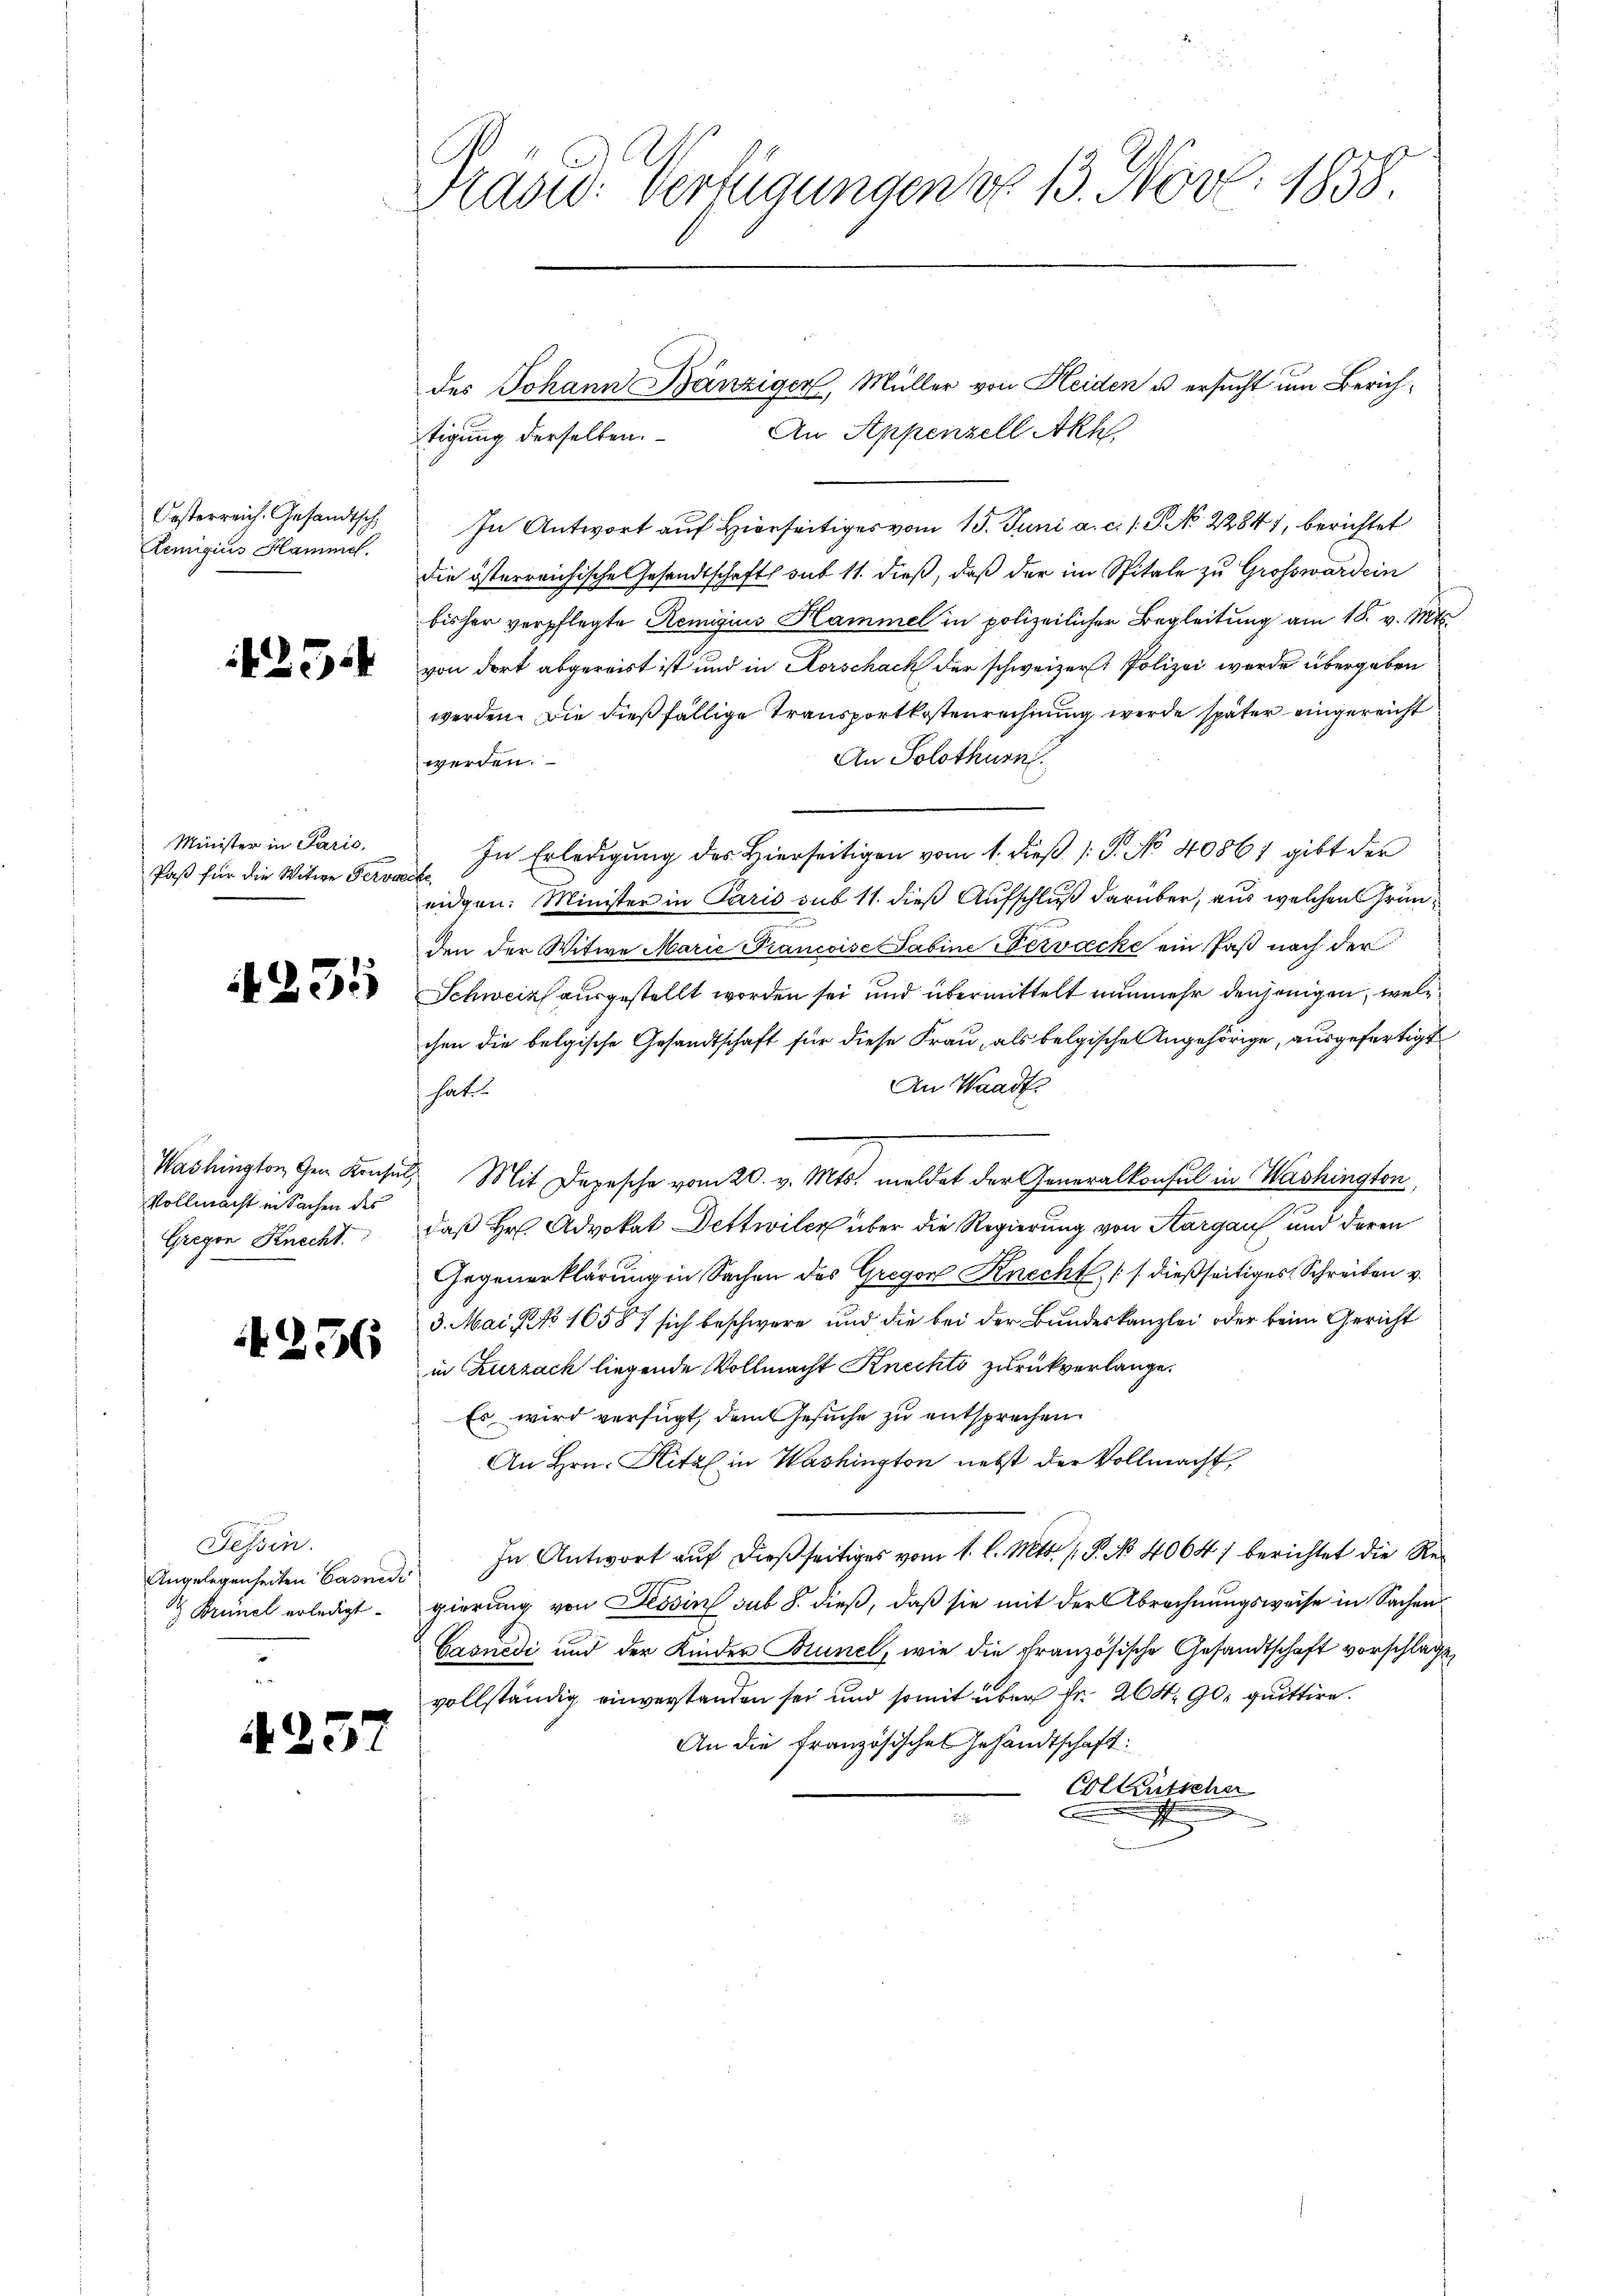
Lemigius Hammel.

425.

Minister in Paris.
Paß für die Witwe Serviecke

231

des Johann Bänziger, Müller von Heiden u ersucht um Zürich¬
An Appenzell Akh
tigung derselben.
Oesterreich. Gesandtsch. In Antwort aŭf hierseitiges vom 15. Juni a. c. 18. No 2284), berichtet
die österreichische Gesandtschafts sub 11. dieß, daß der im Spitale zu Grosswardein
bisher verpflegte Remigius Hammel in polizeilicher Begleitung am 18. v. Mts.
von dort abgereist ist und in Horschach der schweizer. Polizei wurde übergeben
werden. Die dießfällige Transportkostenrechnung werde später eingereicht
An Solothurn.
werden.
In Erledigung des Hierseitigen vom 1. dieß (: S. No 40861 gibt der
eidgen. Minister in Paris sub 11. dieß Aufschluß darüber, aus welchen Gründen der Witwe Marie Prancoise Sabine Nervácke ein Paß nach der
Schweiz ausgestellt worden sei und übermittelt nunmehr denjenigen, welchen die belgische Gesandtschaft für diese Frau, als belgischen Angehörige, ausgefertigt
An Waadt
hates
Washington, den Konsul, Mit Depesche vom 20. v. Mts. meldet der Generalkonsul in Washington,
daß Hr. Advokat Dettwiler über die Regierung von Thurgau, und deren
Gegenerklärung in Sachen des Gregor Knecht :/ dießseitiges Schreiben v.
3. Mai No 16587 sich beschwere und die bei der Bundeskanzlei oder beim Gericht
in Kurzach liegende Vollmacht Knechts zurückverlange.
Es wird verfügt, dem Gesuche zu entsprechen.
An Hrn. Hitzl in Washington nebst der Vollmacht,
In Antwort auf dießseitiges vom 1. l. Mts. (: P. No 4064) berichtet die Regierung von Tessin sub 8. dieß, daß sie mit der Abrechnungsweise in Sachen
Casnedi und der Kinder Brunel, wie die französische Gesandtschaft vorschlage
vollständig einverstanden sei und somit über Fr. 204. 90, quittire.
An die französisches Gesandtschaft:
Collausschn
.

Vollmacht in Sachen des
Gregor Knecht.

236

Tessin.
Angelegenheiten Basnedi
 Brinel erledigt.

4252

Präsid. Verfügungen No 13. Nov. 1858.